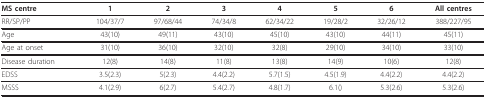
<table><thead><tr><td><b>MS centre</b></td><td><b>1</b></td><td><b>2</b></td><td><b>3</b></td><td><b>4</b></td><td><b>5</b></td><td><b>6</b></td><td><b>All centres</b></td></tr></thead><tbody><tr><td>RR/SP/PP</td><td>104/37/7</td><td>97/68/44</td><td>74/34/8</td><td>62/34/22</td><td>19/28/2</td><td>32/26/12</td><td>388/227/95</td></tr><tr><td>Age</td><td>43(10)</td><td>49(11)</td><td>43(10)</td><td>45(10)</td><td>43(10)</td><td>44(11)</td><td>45(11)</td></tr><tr><td>Age at onset</td><td>31(10)</td><td>36(10)</td><td>32(10)</td><td>32(8)</td><td>29(10)</td><td>34(10)</td><td>33(10)</td></tr><tr><td>Disease duration</td><td>12(8)</td><td>14(8)</td><td>11(8)</td><td>13(8)</td><td>14(9)</td><td>10(6)</td><td>12(8)</td></tr><tr><td>EDSS</td><td>3.5(2.3)</td><td>5(2.3)</td><td>4.4(2.2)</td><td>5.7(1.5)</td><td>4.5(1.9)</td><td>4.4(2.2)</td><td>4.4(2.2)</td></tr><tr><td>MSSS</td><td>4.1(2.9)</td><td>6(2.7)</td><td>5.4(2.7)</td><td>4.8(1.7)</td><td>6.1()</td><td>5.3(2.6)</td><td>5.3(2.6)</td></tr></tbody></table>